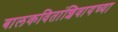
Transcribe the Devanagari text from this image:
बालकवितांशिवायच्या